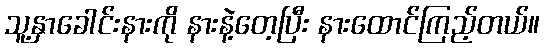
သူ့နှာခေါင်းနားကို နားနဲ့တေ့ပြီး နားထောင်ကြည့်တယ်။